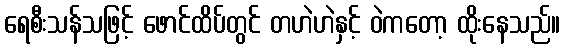
ရေစီးသန်သဖြင့် ဖောင်ထိပ်တွင် တဟဲဟဲနှင့် ဝဲကတော့ ထိုးနေသည်။